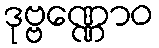
ဒုဗ္ဗဏ္ဏောဝ